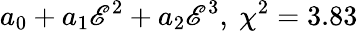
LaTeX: a_{0}+a_{1}\mathscr{E}^{2}+a_{2}\mathscr{E}^{3},\ \chi^{2}=3.83